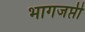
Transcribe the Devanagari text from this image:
भागजप्ती